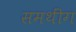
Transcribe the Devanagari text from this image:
समथींग